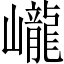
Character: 巄